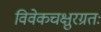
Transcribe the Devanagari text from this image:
विवेकचक्षुरग्रतः